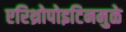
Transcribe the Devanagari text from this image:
एरिथ्रोपोइटिनमुळे